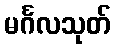
မင်္ဂလသုတ်